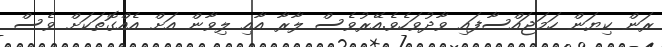
ރަން ކިޔަން ހަމަޖައްސާފައި ވާދުވަހެވެ.އޭރުވެސް ލާރާ އާއި ލިވާން އަށް އެއްގޮތަކަށް ވެސް